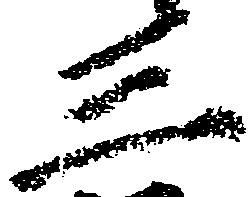
三